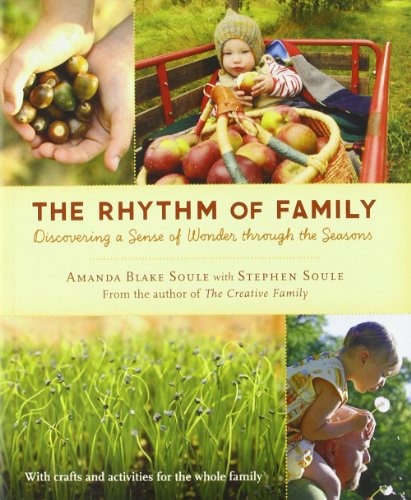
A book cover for The Rhythm of Family: Discovering a Sense of Wonder through the Seasons; Amanda Blake Soule; Crafts, Hobbies & Home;